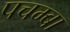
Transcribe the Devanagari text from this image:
पचम्बा